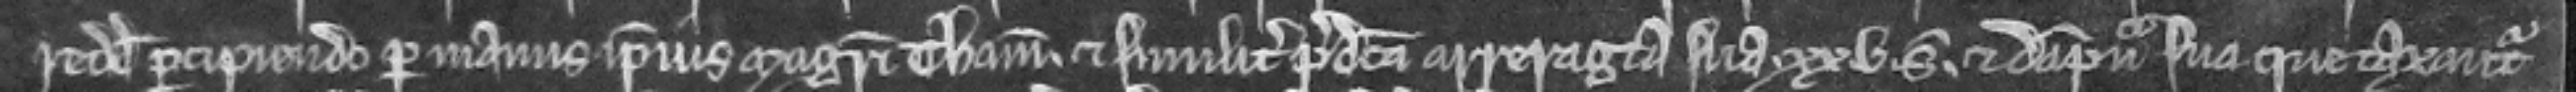
redditu percipiendo per manus ipsius Magistri Thome et similiter predicta arreragia sua xxv solidorum et dampna que taxantur